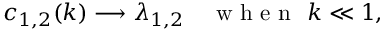
c _ { 1 , 2 } ( k ) \longrightarrow \lambda _ { 1 , 2 } \quad \mathrm { ~ w ~ h ~ e ~ n ~ } \ k \ll 1 ,